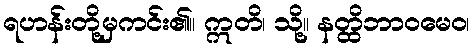
ရဟန်းတို့မှကင်း၏။ ဣတိ၊ သို့။ နတ္ထိဘာဝမေဝ၊